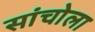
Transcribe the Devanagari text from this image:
सांचोला